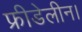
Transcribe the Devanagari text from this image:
फ्रीडेलीन।